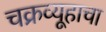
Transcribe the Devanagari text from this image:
चक्रव्यूहाचा